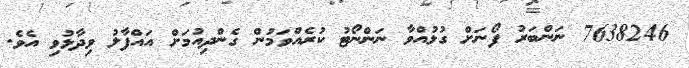
7638246 ނަންބަރު ފޯނަށް ގުޅުއްވާ ނަންނޯޓު ކުރެއްވަމުން ގެންދިއުމަށް އައްފާލު ވިދާޅުވި އެވެ.